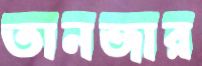
তানজার